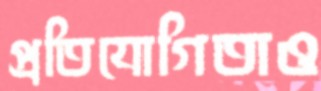
প্রতিযোগিতাও